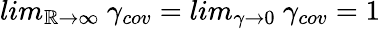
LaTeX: lim_{\mathbb{R}\rightarrow\infty}\mathrm{{~}}\gamma_{cov}=lim_{\gamma\rightarrow0}\mathrm{{~}}\gamma_{cov}=1